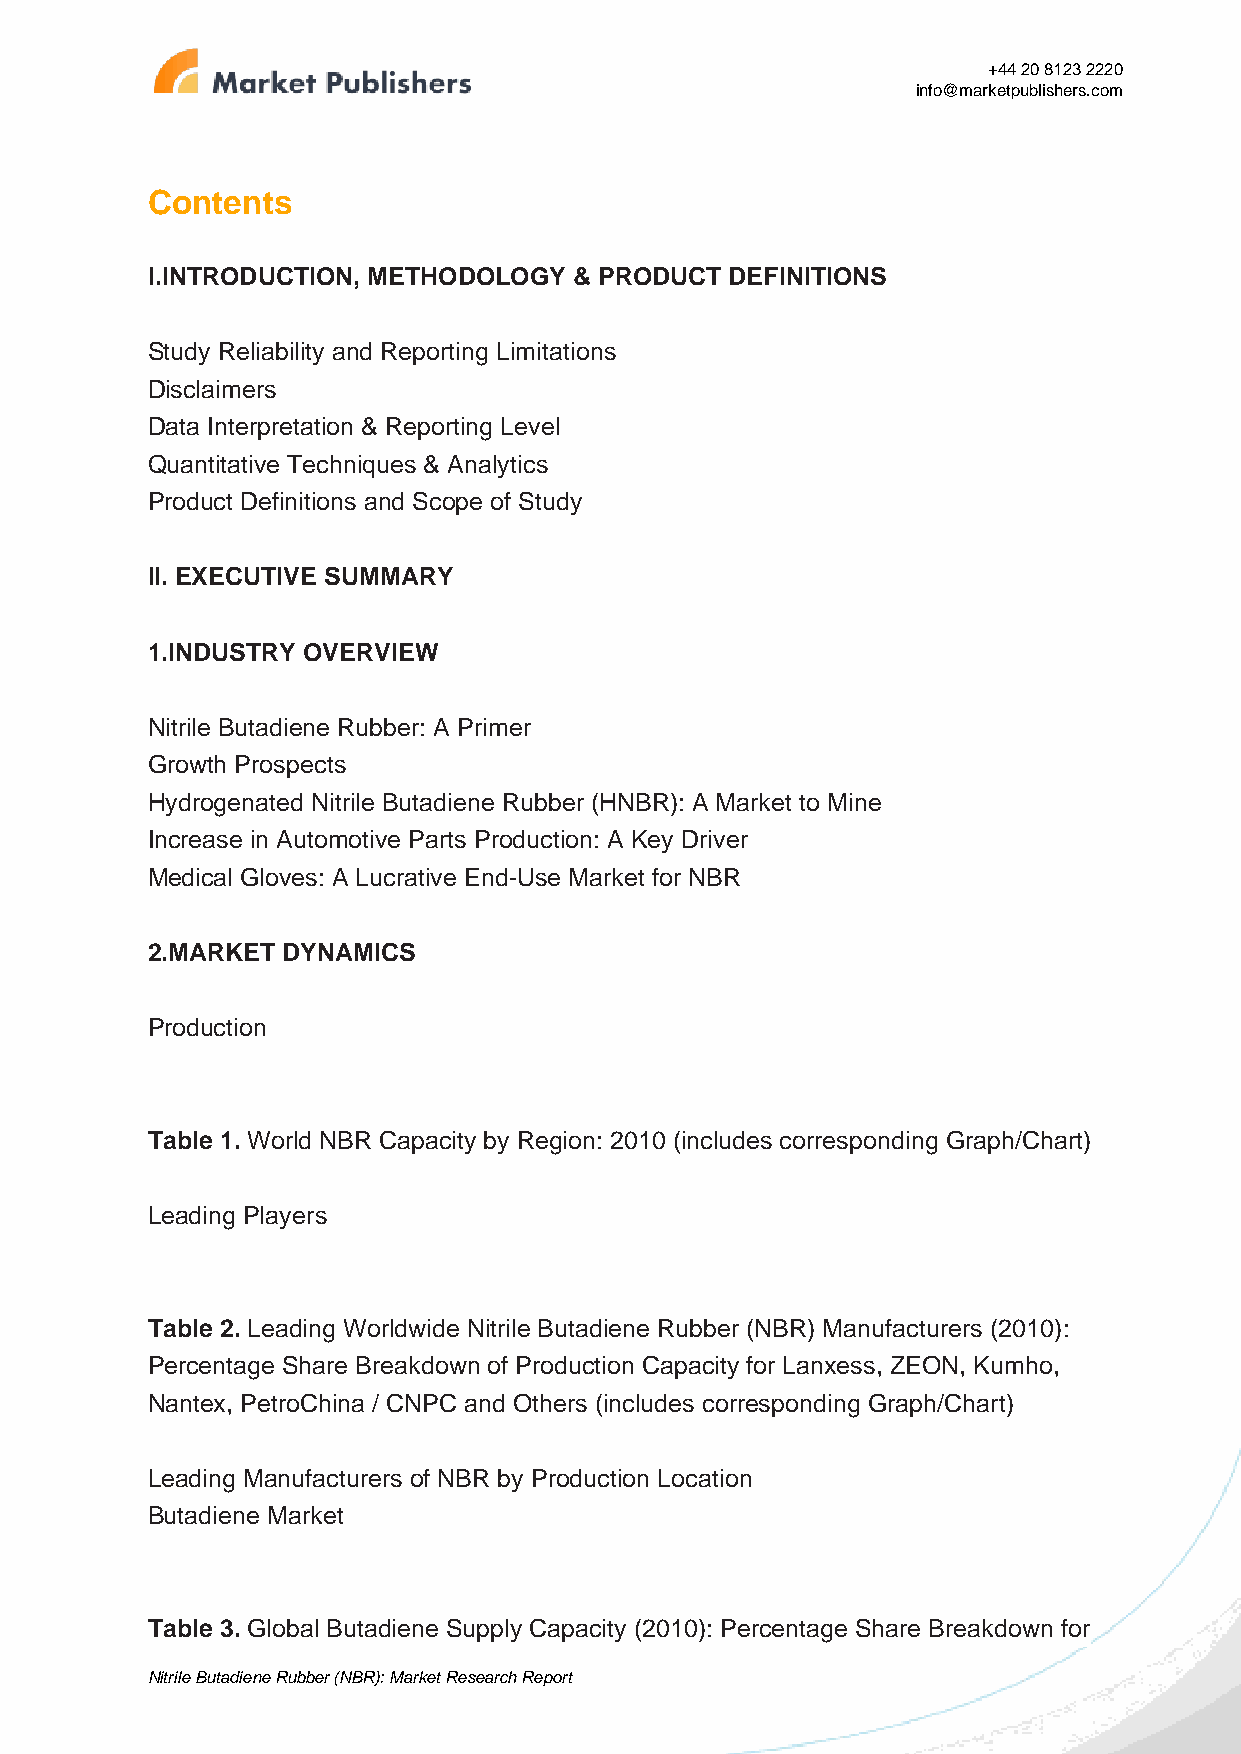
+44 20 8123 2220
 info@marketpublishers.com
 Contents
 I.INTRODUCTION, METHODOLOGY & PRODUCT DEFINITIONS
 Study Reliability and Reporting Limitations
 Disclaimers
 Data Interpretation & Reporting Level
 Quantitative Techniques & Analytics
 Product Definitions and Scope of Study
 II. EXECUTIVE SUMMARY
 1.INDUSTRY OVERVIEW
 Nitrile Butadiene Rubber: A Primer
 Growth Prospects
 Hydrogenated Nitrile Butadiene Rubber (HNBR): A Market to Mine
 Increase in Automotive Parts Production: A Key Driver
 Medical Gloves: A Lucrative End-Use Market for NBR
 2.MARKET DYNAMICS
 Production
 Table 1. World NBR Capacity by Region: 2010 (includes corresponding Graph/Chart)
 Leading Players
 Table 2. Leading Worldwide Nitrile Butadiene Rubber (NBR) Manufacturers (2010):
 Percentage Share Breakdown of Production Capacity for Lanxess, ZEON, Kumho,
 Nantex, PetroChina / CNPC and Others (includes corresponding Graph/Chart)
 Leading Manufacturers of NBR by Production Location
 Butadiene Market
 Table 3. Global Butadiene Supply Capacity (2010): Percentage Share Breakdown for
 Nitrile Butadiene Rubber (NBR): Market Research Report